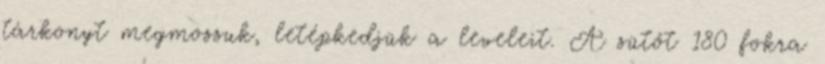
tárkonyt megmossuk, letépkedjük a leveleit. A sütőt 180 fokra